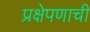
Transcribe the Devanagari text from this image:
प्रक्षेपणाची